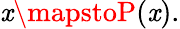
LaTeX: \mathit{x}\mapstoP(\mathit{x}).